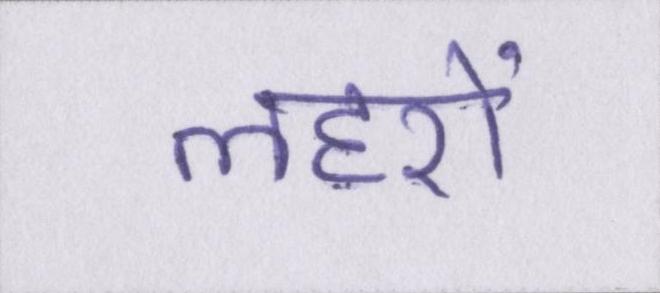
लहरों